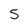
Character: 5